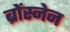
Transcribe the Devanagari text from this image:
ब्रोंस्नेन